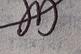
Signature authenticity: genuine